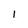
Character: 1